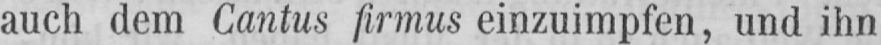
auch dem Cantus firmus einzuimpfen, und ihn